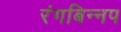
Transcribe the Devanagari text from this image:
रंगबिन्नप